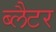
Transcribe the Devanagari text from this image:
ब्लैटर